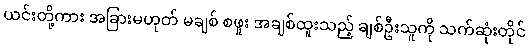
ယင်းတို့ကား အခြားမဟုတ် မချစ် စဖူး အချစ်ထူးသည့် ချစ်ဦးသူကို သက်ဆုံးတိုင်